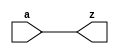
// This program was cloned from: https://github.com/aolofsson/oh
// License: MIT License

//#############################################################################
//# Function: Non-inverting Buffer                                            #
//# Copyright: OH Project Authors. ALl rights Reserved.                       #
//# License:  MIT (see LICENSE file in OH repository)                         #
//#############################################################################

module asic_buf #(parameter PROP = "DEFAULT")   (
    input  a,
    output z
    );

   assign z = a;

endmodule